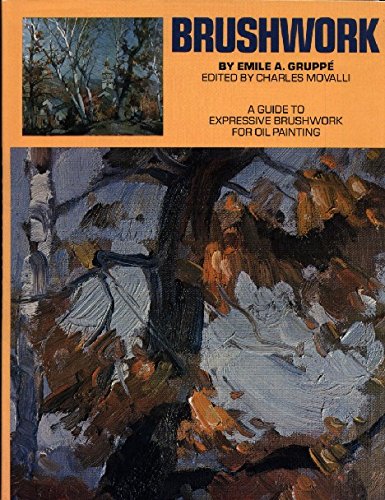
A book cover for Brushwork: A Guide to Expressive Brushwork for Oil Painting; Emile A. Gruppe; Arts & Photography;